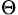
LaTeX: _{\Theta}